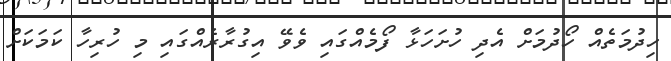
ހިދުމަތެއް ހޯދުމަށް އެދި ހުށަހަޅާ ފޯމެއްގައި ވެވޭ އިގުރާރެއްގައި މި ހުރިހާ ކަމަކަށް